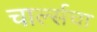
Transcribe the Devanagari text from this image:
चार्ल्सचा